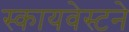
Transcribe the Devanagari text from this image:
स्कायवेस्टने